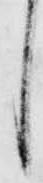
し